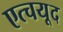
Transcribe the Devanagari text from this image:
एत्चयूद